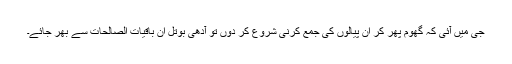
جی میں آئی کہ گھوم پھر کر ان پیالوں کی جمع کرنی شروع کر دوں تو آدھی بوتل اِن باقیات الصالحات سے بھر جائے۔